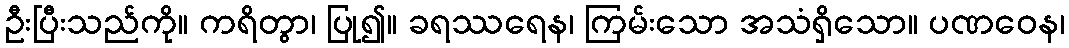
ဦးပြီးသည်ကို။ ကရိတွာ၊ ပြု၍။ ခရဿရေန၊ ကြမ်းသော အသံရှိသော။ ပဏဝေန၊